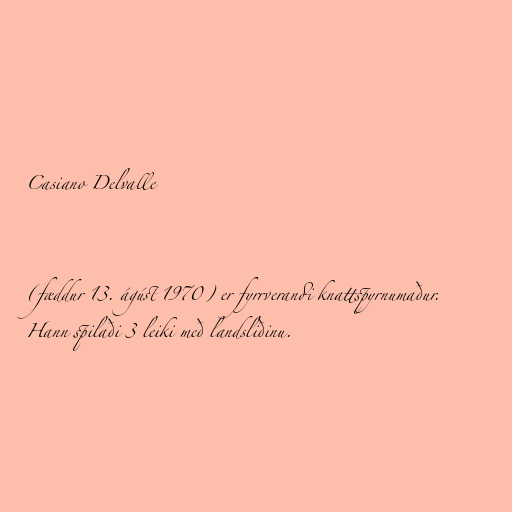
Casiano Delvalle

(fæddur 13. ágúst 1970) er fyrrverandi knattspyrnumaður.
Hann spilaði 3 leiki með landsliðinu.